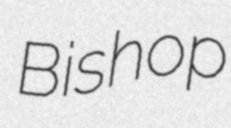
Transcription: Bishop